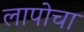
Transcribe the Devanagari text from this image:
लापोचा